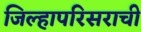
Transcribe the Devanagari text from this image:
जिल्हापरिसराची